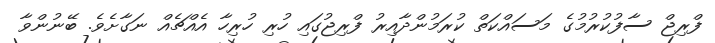
ފްރިޖް ސާފުކުރުމުގެ މަސައްކަތް ކުރަމުންދާއިރު ފްރިޖުގައި ހުރި ހުރިހާ އެއްޗެއް ނަގާށެވެ. ބޭނުންވާ